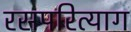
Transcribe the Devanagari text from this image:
रसपरित्याग